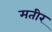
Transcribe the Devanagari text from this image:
मतीर